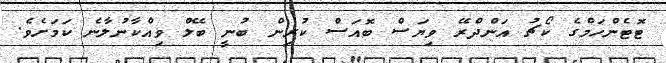
ޓޮޓެންހަމްގެ ކޯޗު އަންދްރޭ ވިޔަސް ބޮއަސް ކުރިން ބުނީ ބޭލް ވިއްކާނުލާނެ ކަމަށެވެ.